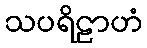
သပရိဠာဟံ